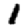
Digit: 1